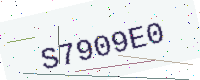
Text: S7909E0